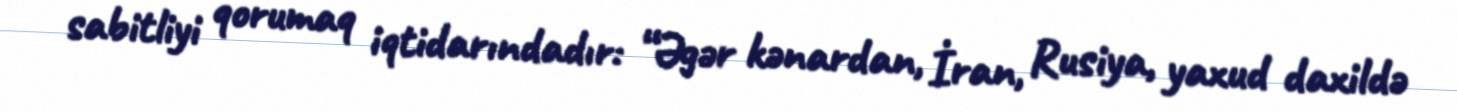
sabitliyi qorumaq iqtidarındadır: “Əgər kənardan, İran, Rusiya, yaxud daxildə